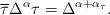
LaTeX: \begin{align*}\overline{\tau}\Delta^\alpha\tau=\Delta^{\alpha+\alpha_\tau}.\end{align*}